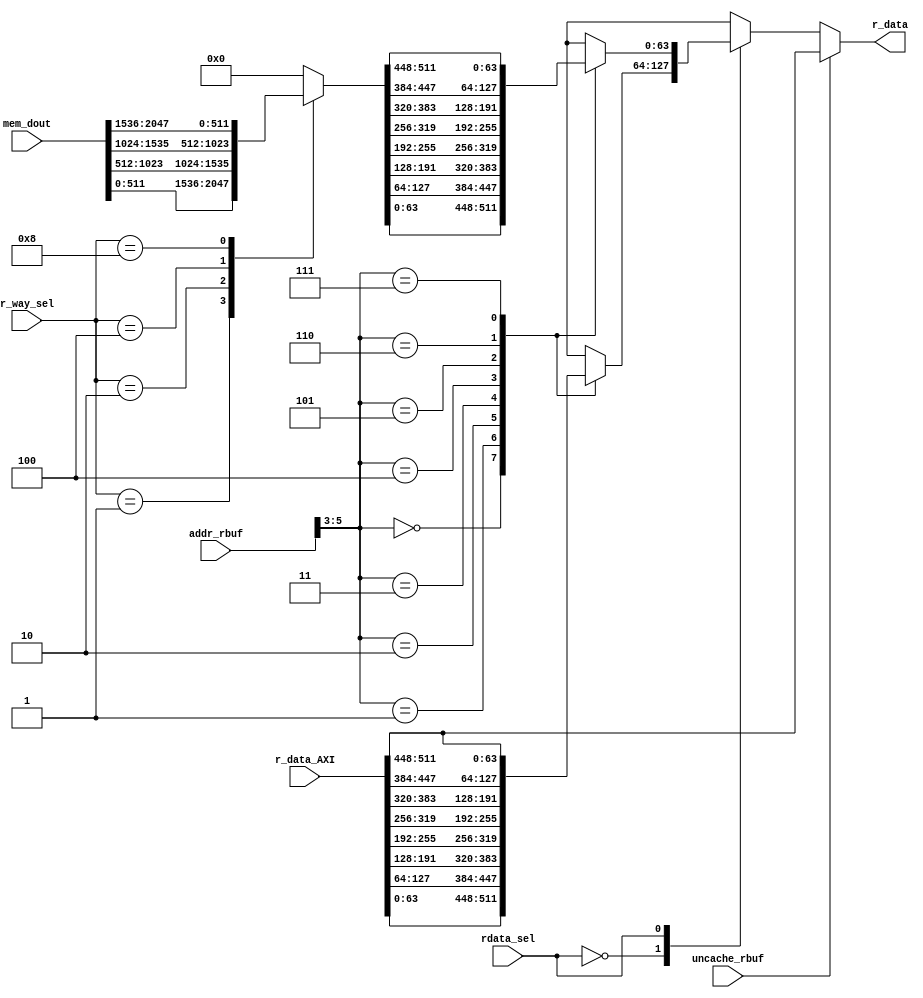
module mem_rd_ctrl_i(
    input [31:0] addr_rbuf,
    input [3:0] r_way_sel,
    input [2047:0] mem_dout,
    input [511:0] r_data_AXI,
    input rdata_sel,
    input uncache_rbuf,
    output reg [63:0] r_data
    );
    parameter HIT0 = 4'b0001;
    parameter HIT1 = 4'b0010;
    parameter HIT2 = 4'b0100;
    parameter HIT3 = 4'b1000;
    reg [511:0] way_data;
    reg [63:0] r_data_mem, r_word_AXI;
    always @(*)begin
        case(r_way_sel)
        HIT0: way_data = mem_dout[511:0];
        HIT1: way_data = mem_dout[1023:512];
        HIT2: way_data = mem_dout[1535:1024];
        HIT3: way_data = mem_dout[2047:1536];
        default: way_data = 0;
        endcase
    end
    always @(*) begin
        case(addr_rbuf[5:3])
        3'd0: r_data_mem = way_data[63:0];
        3'd1: r_data_mem = way_data[127:64];
        3'd2: r_data_mem = way_data[191:128];
        3'd3: r_data_mem = way_data[255:192];
        3'd4: r_data_mem = way_data[319:256];
        3'd5: r_data_mem = way_data[383:320];
        3'd6: r_data_mem = way_data[447:384];
        3'd7: r_data_mem = way_data[511:448];
        endcase
    end
    always @(*) begin
        case(addr_rbuf[5:3])
        3'd0: r_word_AXI = r_data_AXI[63:0];
        3'd1: r_word_AXI = r_data_AXI[127:64];
        3'd2: r_word_AXI = r_data_AXI[191:128];
        3'd3: r_word_AXI = r_data_AXI[255:192];
        3'd4: r_word_AXI = r_data_AXI[319:256];
        3'd5: r_word_AXI = r_data_AXI[383:320];
        3'd6: r_word_AXI = r_data_AXI[447:384];
        3'd7: r_word_AXI = r_data_AXI[511:448];
        endcase
    end
    always @(*)begin
        if(uncache_rbuf) begin
            r_data = r_data_AXI[511:448];
        end
        else begin
            case(rdata_sel)
            1'b0: r_data = r_word_AXI;
            1'b1: r_data = r_data_mem;
            endcase
        end
    end
endmodule